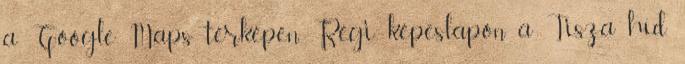
a Google Maps térképen. Régi képeslapon a Tisza híd.